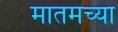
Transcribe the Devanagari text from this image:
मातमच्या